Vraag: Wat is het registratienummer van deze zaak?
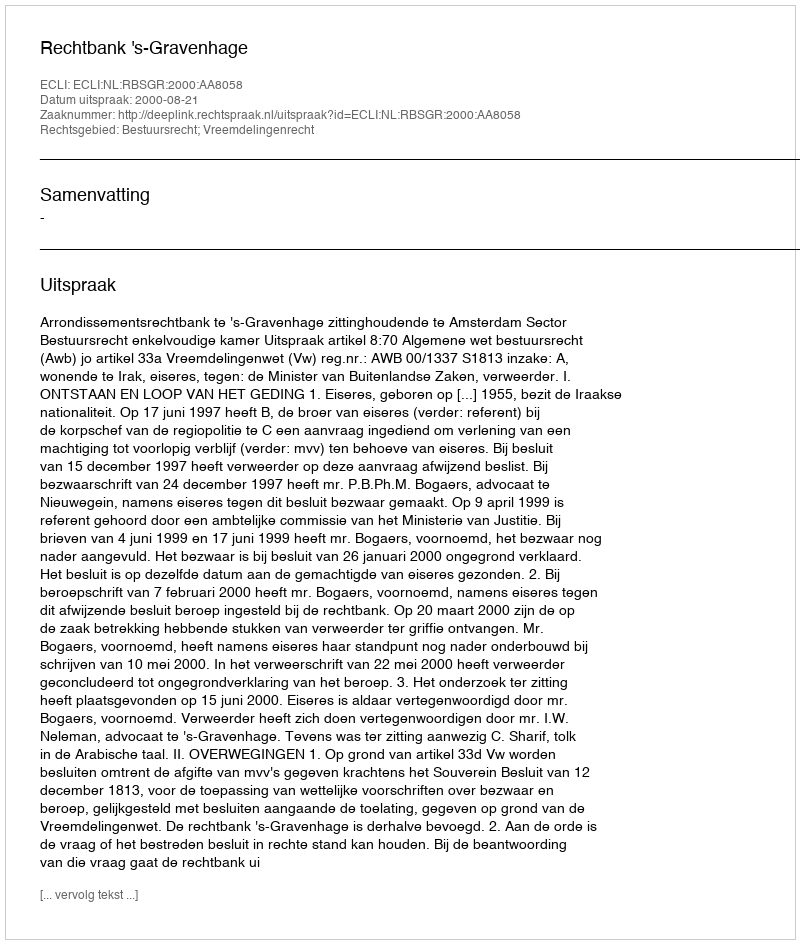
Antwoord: http://deeplink.rechtspraak.nl/uitspraak?id=ECLI:NL:RBSGR:2000:AA8058